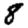
Digit: 8